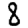
Digit: 8